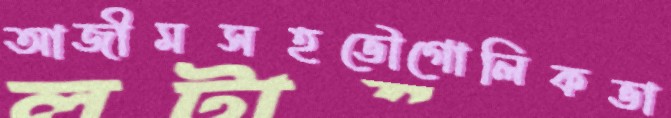
আজীমসহভৌগোলিকভা